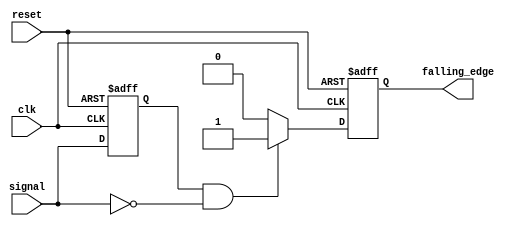
module falling_edge_detector (
    input wire clk,                // Clock input
    input wire reset,              // Asynchronous reset input
    input wire signal,             // Input signal to detect falling edges
    output reg falling_edge        // Output signal indicating a falling edge
);

    // Register to store the previous state of the signal
    reg previous_signal;

    // Process to detect falling edge on the input signal
    always @(posedge clk or posedge reset) begin
        if (reset) begin
            previous_signal <= 1'b0; // Initialize previous state on reset
            falling_edge <= 1'b0;     // Reset output signal
        end else begin
            // Falling edge detection logic
            if (previous_signal == 1'b1 && signal == 1'b0) begin
                falling_edge <= 1'b1;   // Set output high on falling edge
            end else begin
                falling_edge <= 1'b0;   // Reset output otherwise
            end
            
            // Update previous state
            previous_signal <= signal;
        end
    end

endmodule